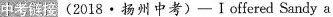
中考链接 (2018·扬州中考)-Ⅰ offered Sandy a